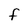
Character: f